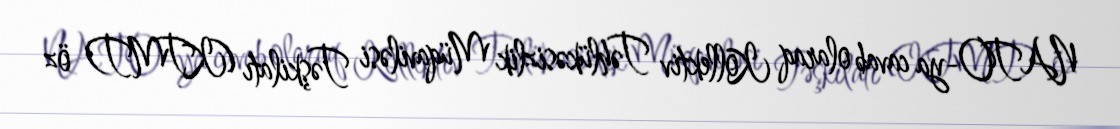
NATO-ya cavab olaraq Kollektiv Təhlükəsizlik Müqaviləsi Təşkilatı (KTMT) öz